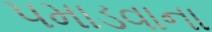
પમાડવાના